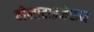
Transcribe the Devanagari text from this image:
वोलाटाइजेशन